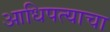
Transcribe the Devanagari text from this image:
आधिपत्याचा